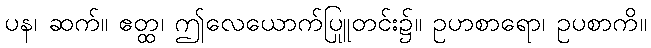
ပန၊ ဆက်။ ဧတ္ထ၊ ဤလေယောက်ပြူတင်း၌။ ဥပာစာရော၊ ဥပစာကို။